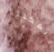
لايمكننا